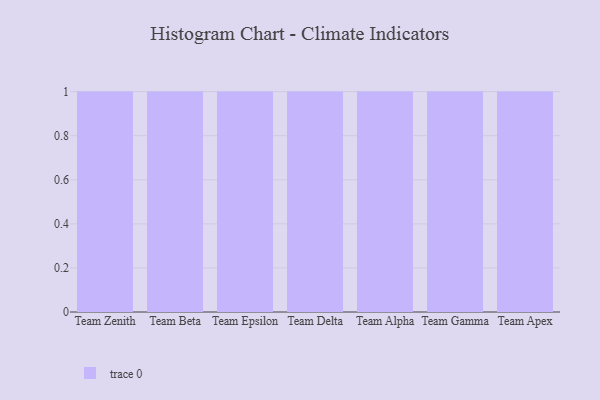
{"axis": {"x": "Team", "y": "Operating Costs (USD K)"}, "legend": [""], "data": [{"x": "Team Zenith", "y": 35, "type": ""}, {"x": "Team Beta", "y": 21, "type": ""}, {"x": "Team Epsilon", "y": 37, "type": ""}, {"x": "Team Delta", "y": 16, "type": ""}, {"x": "Team Alpha", "y": 56, "type": ""}, {"x": "Team Gamma", "y": 99, "type": ""}, {"x": "Team Apex", "y": 97, "type": ""}]}